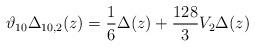
LaTeX: \begin{align*}\vartheta_{10} \Delta_{10, 2}(z) = \frac{1}{6} \Delta (z)+ \frac{128}{3} V_2\Delta(z)\end{align*}